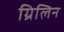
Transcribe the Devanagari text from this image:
ग्रिलिन